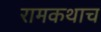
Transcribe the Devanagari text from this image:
रामकथाच